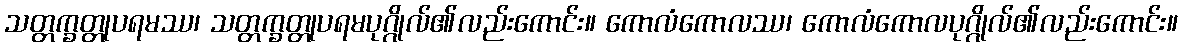
သတ္တက္ခတ္တုပရမဿ၊ သတ္တက္ခတ္တုပရမပုဂ္ဂိုလ်၏လည်းကောင်း။ ကောလံကောလဿ၊ ကောလံကောလပုဂ္ဂိုလ်၏လည်းကောင်း။